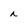
Character: i